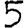
Digit: 5